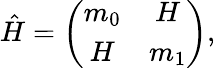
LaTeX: \hat{H}=\left(\begin{array}{cc}{{m_{0}}}&{{H}}\\ {{H}}&{{m_{1}}}\end{array}\right),